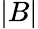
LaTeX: \lvert B\rvert